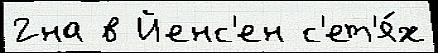
2на в Йенс'ен с'ет'я́х